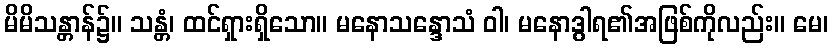
မိမိသန္တာန်၌။ သန္တံ၊ ထင်ရှားရှိသော။ မနောသန္ဒောသံ ဝါ၊ မနောဒွါရ၏အဖြစ်ကိုလည်း။ မေ၊